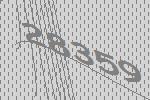
28359